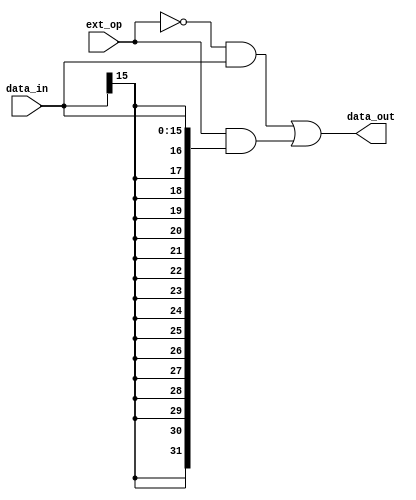
`timescale 1ns / 1ps

// MODULE TO SIGN OR ZERO EXTEND THE IMMEDIATE INPUT
module extender(
    input [15:0] data_in,
    input ext_op,
    output wire [31:0] data_out
    );
    
    assign data_out = (~ext_op & {{16{1'b0}}, {data_in}}) | (ext_op & {{16{data_in[15]}}, {data_in}}); 
endmodule